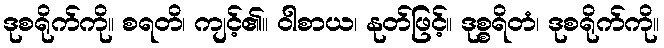
ဒုစရိုက်ကို။ စရတိ၊ ကျင့်၏။ ဝါစာယ၊ နုတ်ဖြင့်။ ဒုစ္စရိတံ၊ ဒုစရိုက်ကို။